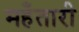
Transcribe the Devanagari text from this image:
महँतारी